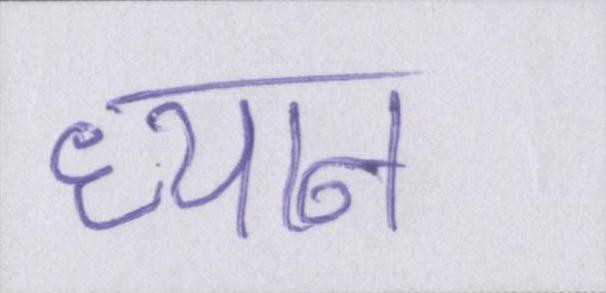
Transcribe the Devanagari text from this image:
ध्यान